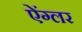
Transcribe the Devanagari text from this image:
ऐंग्लर